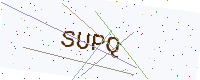
Text: SUPQ